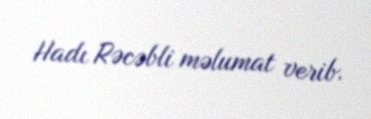
Hadı Rəcəbli məlumat verib.